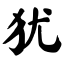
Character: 犹